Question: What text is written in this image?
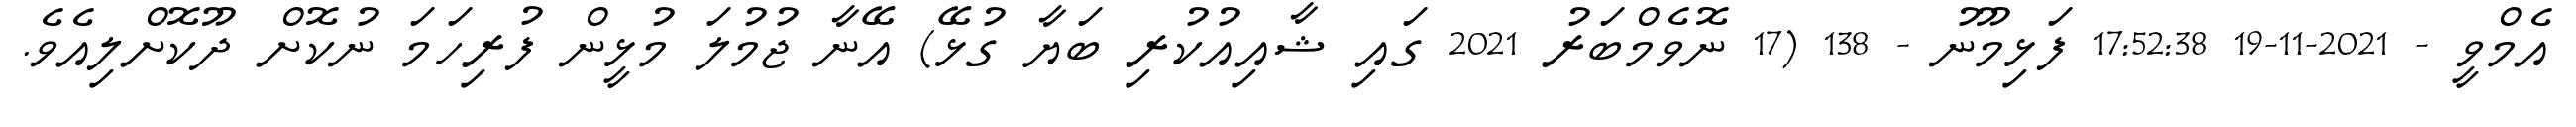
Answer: އެމްވީ - 2021-11-19 17:52:38 ފަޅިމޫނު - 138 (17 ނޮވެމްބަރު 2021 ގައި ޝާއިއުކުރި ބަޔާ ގުޅޭ) އޭނާ ޖުމުލަ މުޅީން ފުރިހަމަ ނުކޮށް ދޫކޮށްލިއެވެ.